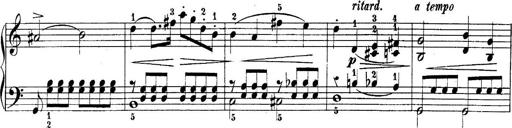
Title: 10 Sonatines progressives
Composer: Anton Schmoll